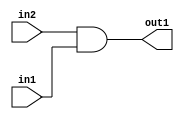
`timescale 1ps / 1ps
/*****************************************************************************
    Verilog RTL Description
    
    
    Created by: Stratus DpOpt 2019.1.01 
*******************************************************************************/

module pe_array_And_1U_5_4_0 (
	in2,
	in1,
	out1
	); /* architecture "behavioural" */ 
input  in2,
	in1;
output  out1;
wire  asc001;

assign asc001 = 
	(in2)
	&(in1);

assign out1 = asc001;
endmodule

/* CADENCE  urXyQgw= : u9/ySgnWtBlWxVPRXgAZ4Og= ** DO NOT EDIT THIS LINE ******/